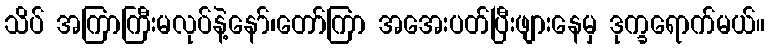
သိပ် အကြာကြီးမလုပ်နဲ့နော်၊တော်ကြာ အအေးပတ်ပြီးဖျားနေမှ ဒုက္ခရောက်မယ်။